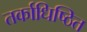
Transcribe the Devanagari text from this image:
तर्काधिष्ठित